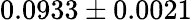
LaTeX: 0.0933\pm 0.0021